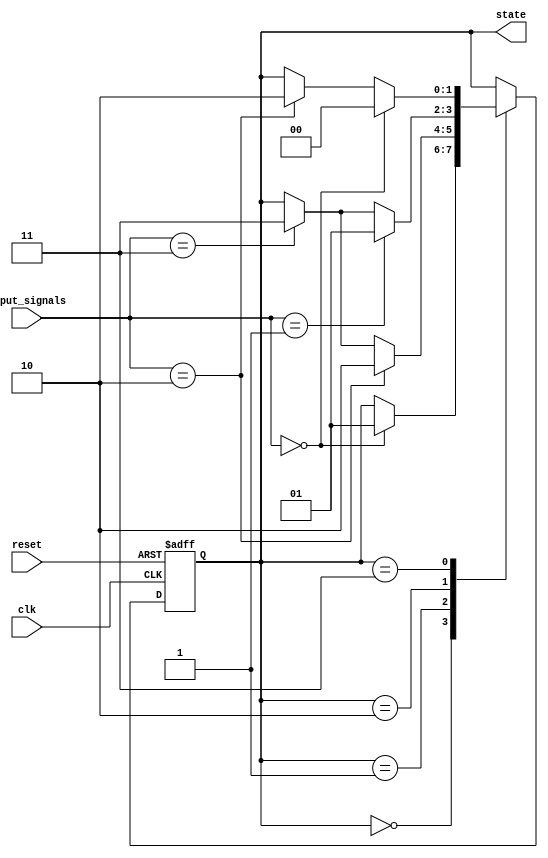
module state_machine (
  input clk,
  input reset,
  input [1:0] input_signals,
  output reg [1:0] state
);

// States
parameter S0 = 2'b00;
parameter S1 = 2'b01;
parameter S2 = 2'b10;
parameter S3 = 2'b11;

// State register
always @(posedge clk or posedge reset)
begin
  if (reset)
    state <= S0;
  else
    case (state)
      S0: if (input_signals == 2'b00) state <= S1;
      S1: if (input_signals == 2'b10) state <= S2;
          else if (input_signals == 2'b11) state <= S3;
      S2: if (input_signals == 2'b01) state <= S1;
          else if (input_signals == 2'b11) state <= S3;
      S3: if (input_signals == 2'b00) state <= S0;
          else if (input_signals == 2'b10) state <= S2;
    endcase
end

endmodule